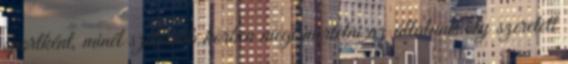
sportként, minél szélesebb körben megismertetni az általunk oly szeretett